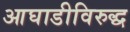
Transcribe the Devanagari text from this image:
आघाडीविरुद्ध